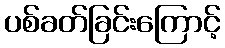
ပစ်ခတ်ခြင်းကြောင့်